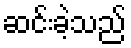
ဆင်းခဲ့သည်